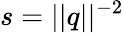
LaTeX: s=||q||^{-2}